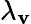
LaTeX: \lambda_{\mathbf{v}}